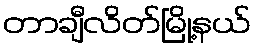
တာချီလိတ်မြို့နယ်